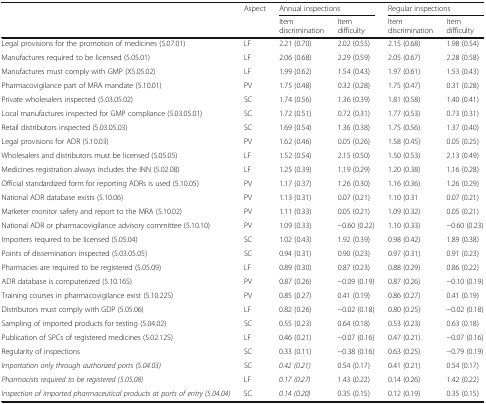
<table><thead><tr><td rowspan="2"></td><td rowspan="2"><b>Aspect</b></td><td colspan="2"><b>Annual inspections</b></td><td colspan="2"><b>Regular inspections</b></td></tr><tr><td><b>Item discrimination</b></td><td><b>Item difficulty</b></td><td><b>Item discrimination</b></td><td><b>Item difficulty</b></td></tr></thead><tbody><tr><td>Legal provisions for the promotion of medicines (5.07.01)</td><td>LF</td><td>2.21 (0.70)</td><td>2.02 (0.55)</td><td>2.15 (0.68)</td><td>1.98 (0.54)</td></tr><tr><td>Manufactures required to be licensed (5.05.01)</td><td>LF</td><td>2.06 (0.68)</td><td>2.29 (0.59)</td><td>2.05 (0.67)</td><td>2.28 (0.58)</td></tr><tr><td>Manufactures must comply with GMP (X5.05.02)</td><td>LF</td><td>1.99 (0.62)</td><td>1.54 (0.43)</td><td>1.97 (0.61)</td><td>1.53 (0.43)</td></tr><tr><td>Pharmacovigilance part of MRA mandate (5.10.01)</td><td>PV</td><td>1.75 (0.48)</td><td>0.32 (0.28)</td><td>1.75 (0.47)</td><td>0.31 (0.28)</td></tr><tr><td>Private wholesalers inspected (5.03.05.02)</td><td>SC</td><td>1.74 (0.56)</td><td>1.36 (0.39)</td><td>1.81 (0.58)</td><td>1.40 (0.41)</td></tr><tr><td>Local manufactures inspected for GMP compliance (5.03.05.01)</td><td>SC</td><td>1.72 (0.51)</td><td>0.72 (0.31)</td><td>1.77 (0.53)</td><td>0.73 (0.31)</td></tr><tr><td>Retail distributors inspected (5.03.05.03)</td><td>SC</td><td>1.69 (0.54)</td><td>1.36 (0.38)</td><td>1.75 (0.56)</td><td>1.37 (0.40)</td></tr><tr><td>Legal provisions for ADR (5.10.03)</td><td>PV</td><td>1.62 (0.46)</td><td>0.05 (0.26)</td><td>1.58 (0.45)</td><td>0.05 (0.25)</td></tr><tr><td>Wholesalers and distributors must be licensed (5.05.05)</td><td>LF</td><td>1.52 (0.54)</td><td>2.15 (0.50)</td><td>1.50 (0.53)</td><td>2.13 (0.49)</td></tr><tr><td>Medicines registration always includes the INN (5.02.08)</td><td>LF</td><td>1.25 (0.39)</td><td>1.19 (0.29)</td><td>1.20 (0.38)</td><td>1.16 (0.28)</td></tr><tr><td>Official standardized form for reporting ADRs is used (5.10.05)</td><td>PV</td><td>1.17 (0.37)</td><td>1.26 (0.30)</td><td>1.16 (0.36)</td><td>1.26 (0.29)</td></tr><tr><td>National ADR database exists (5.10.06)</td><td>PV</td><td>1.13 (0.31)</td><td>0.07 (0.21)</td><td>1.10 (0.31</td><td>0.07 (0.21)</td></tr><tr><td>Marketer monitor safety and report to the MRA (5.10.02)</td><td>PV</td><td>1.11 (0.33)</td><td>0.05 (0.21)</td><td>1.09 (0.32)</td><td>0.05 (0.21)</td></tr><tr><td>National ADR or pharmacovigilance advisory committee (5.10.10)</td><td>PV</td><td>1.09 (0.33)</td><td>−0.60 (0.22)</td><td>1.10 (0.33)</td><td>−0.60 (0.23)</td></tr><tr><td>Importers required to be licensed (5.05.04)</td><td>SC</td><td>1.02 (0.43)</td><td>1.92 (0.39)</td><td>0.98 (0.42)</td><td>1.89 (0.38)</td></tr><tr><td>Points of dissemination inspected (5.03.05.05)</td><td>SC</td><td>0.94 (0.31)</td><td>0.90 (0.23)</td><td>0.97 (0.31)</td><td>0.91 (0.23)</td></tr><tr><td>Pharmacies are required to be registered (5.05.09)</td><td>LF</td><td>0.89 (0.30)</td><td>0.87 (0.23)</td><td>0.88 (0.29)</td><td>0.86 (0.22)</td></tr><tr><td>ADR database is computerized (5.10.16S)</td><td>PV</td><td>0.87 (0.26)</td><td>−0.09 (0.19)</td><td>0.87 (0.26)</td><td>−0.10 (0.19)</td></tr><tr><td>Training courses in pharmacovigilance exist (5.10.22S)</td><td>PV</td><td>0.85 (0.27)</td><td>0.41 (0.19)</td><td>0.86 (0.27)</td><td>0.41 (0.19)</td></tr><tr><td>Distributors must comply with GDP (5.05.06)</td><td>LF</td><td>0.82 (0.26)</td><td>−0.02 (0.18)</td><td>0.80 (0.25)</td><td>−0.02 (0.18)</td></tr><tr><td>Sampling of imported products for testing (5.04.02)</td><td>SC</td><td>0.55 (0.23)</td><td>0.64 (0.18)</td><td>0.53 (0.23)</td><td>0.63 (0.18)</td></tr><tr><td>Publication of SPCs of registered medicines (5.02.12S)</td><td>LF</td><td>0.46 (0.21)</td><td>−0.07 (0.16)</td><td>0.47 (0.21)</td><td>−0.07 (0.16)</td></tr><tr><td>Regularity of inspections</td><td>SC</td><td>0.33 (0.11)</td><td>−0.38 (0.16)</td><td>0.63 (0.25)</td><td>−0.79 (0.19)</td></tr><tr><td><i>Importation only through authorized ports (5.04.03)</i></td><td>SC</td><td><i>0.42 (0.21)</i></td><td>0.54 (0.17)</td><td>0.41 (0.21)</td><td>0.54 (0.17)</td></tr><tr><td><i>Pharmacists required to be registered (5.05.08)</i></td><td>LF</td><td><i>0.17 (0.27)</i></td><td>1.43 (0.22)</td><td>0.14 (0.26)</td><td>1.42 (0.22)</td></tr><tr><td><i>Inspection of imported pharmaceutical products at ports of entry (5.04.04)</i></td><td>SC</td><td><i>0.14 (0.20)</i></td><td>0.35 (0.15)</td><td>0.12 (0.19)</td><td>0.35 (0.15)</td></tr></tbody></table>